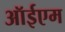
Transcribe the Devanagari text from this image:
ऑईएम